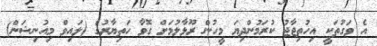
އެ ވަގުތަކީ އިހުތިޖާޖު ކުރަމުންދިޔަ މީހުން ރޫޅާލުމަށް ގޮވާ ހަތިޔާރުގެ (ލައިވް މިއުނިޝަން)